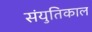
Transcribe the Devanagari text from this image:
संयुतिकाल